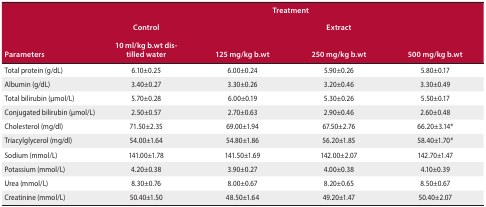
<table><thead><tr><td rowspan="3"><b>Parameters</b></td><td colspan="4"><b>Treatment</b></td></tr><tr><td><b>Control</b></td><td></td><td><b>Extract</b></td><td></td></tr><tr><td><b>10 ml/kg b.wt distilled water</b></td><td><b>125 mg/kg b.wt</b></td><td><b>250 mg/kg b.wt</b></td><td><b>500 mg/kg b.wt</b></td></tr></thead><tbody><tr><td>Total protein (g/dL)</td><td>6.10±0.25</td><td>6.00±0.24</td><td>5.90±0.26</td><td>5.80±0.17</td></tr><tr><td>Albumin (g/dL)</td><td>3.40±0.27</td><td>3.30±0.26</td><td>3.20±0.46</td><td>3.30±0.49</td></tr><tr><td>Total bilirubin (pmol/L)</td><td>5.70±0.28</td><td>6.00±0.19</td><td>5.30±0.26</td><td>5.50±0.17</td></tr><tr><td>Conjugated bilirubin (pmol/L)</td><td>2.50±0.57</td><td>2.70±0.63</td><td>2.90±0.46</td><td>2.60±0.48</td></tr><tr><td>Cholesterol (mg/dl)</td><td>71.50±2.35</td><td>69.00±1.94</td><td>67.50±2.76</td><td>66.20±3.14*</td></tr><tr><td>Triacylglycerol (mg/dl)</td><td>54.00±1.64</td><td>54.80±1.86</td><td>56.20±1.85</td><td>58.40±1.70*</td></tr><tr><td>Sodium (mmol/L)</td><td>141.00±1.78</td><td>141.50±1.69</td><td>142.00±2.07</td><td>142.70±1.47</td></tr><tr><td>Potassium (mmol/L)</td><td>4.20±0.38</td><td>3.90±0.27</td><td>4.00±0.38</td><td>4.10±0.39</td></tr><tr><td>Urea (mmol/L)</td><td>8.30±0.76</td><td>8.00±0.67</td><td>8.20±0.65</td><td>8.50±0.67</td></tr><tr><td>Creatinine (mmol/L)</td><td>50.40±1.50</td><td>48.50±1.64</td><td>49.20±1.47</td><td>50.40±2.07</td></tr></tbody></table>